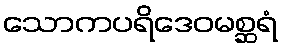
သောကပရိဒေဝမစ္ဆရံ